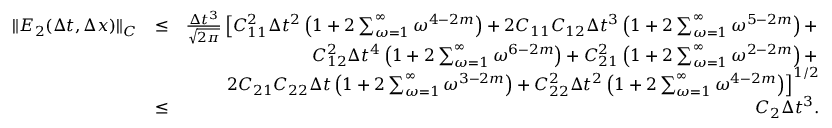
\begin{array} { r l r } { \| E _ { 2 } ( \Delta t , \Delta x ) \| _ { C } } & { \leq } & { \frac { \Delta t ^ { 3 } } { \sqrt { 2 \pi } } \left[ C _ { 1 1 } ^ { 2 } \Delta t ^ { 2 } \left( 1 + 2 \sum _ { \omega = 1 } ^ { \infty } \omega ^ { 4 - 2 m } \right) + 2 C _ { 1 1 } C _ { 1 2 } \Delta t ^ { 3 } \left( 1 + 2 \sum _ { \omega = 1 } ^ { \infty } \omega ^ { 5 - 2 m } \right) + \right. } \\ & { } & { \left. C _ { 1 2 } ^ { 2 } \Delta t ^ { 4 } \left( 1 + 2 \sum _ { \omega = 1 } ^ { \infty } \omega ^ { 6 - 2 m } \right) + C _ { 2 1 } ^ { 2 } \left( 1 + 2 \sum _ { \omega = 1 } ^ { \infty } \omega ^ { 2 - 2 m } \right) + \right. } \\ & { } & { \left. 2 C _ { 2 1 } C _ { 2 2 } \Delta t \left( 1 + 2 \sum _ { \omega = 1 } ^ { \infty } \omega ^ { 3 - 2 m } \right) + C _ { 2 2 } ^ { 2 } \Delta t ^ { 2 } \left( 1 + 2 \sum _ { \omega = 1 } ^ { \infty } \omega ^ { 4 - 2 m } \right) \right] ^ { 1 / 2 } } \\ & { \leq } & { C _ { 2 } \Delta t ^ { 3 } . } \end{array}